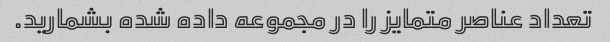
تعداد عناصر متمایز را در مجموعه داده شده بشمارید.